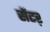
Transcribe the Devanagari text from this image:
सेंटऱ